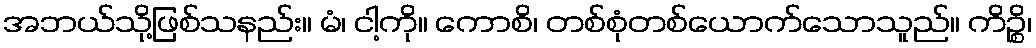
အဘယ်သို့ဖြစ်သနည်း။ မံ၊ ငါ့ကို။ ကောစိ၊ တစ်စုံတစ်ယောက်သောသူည်။ ကိဉ္စိ၊